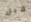
قبل